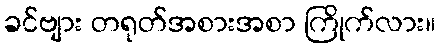
ခင်ဗျား တရုတ်အစားအစာ ကြိုက်လား။